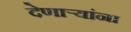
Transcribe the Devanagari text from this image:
देणार्‍यांना